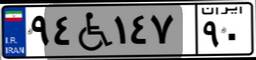
۹۴W۱۴۷۹۰